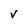
Character: V